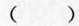
()